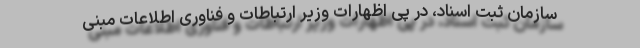
سازمان ثبت اسناد، در پی اظهارات وزیر ارتباطات و فناوری اطلاعات مبنی